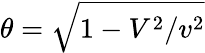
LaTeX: \theta=\sqrt{1-V^{2}/v^{2}}